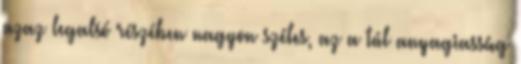
azaz legalsó részében nagyon széles, az a túl anyagiasság